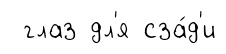
глаз дл'я сза́д'и